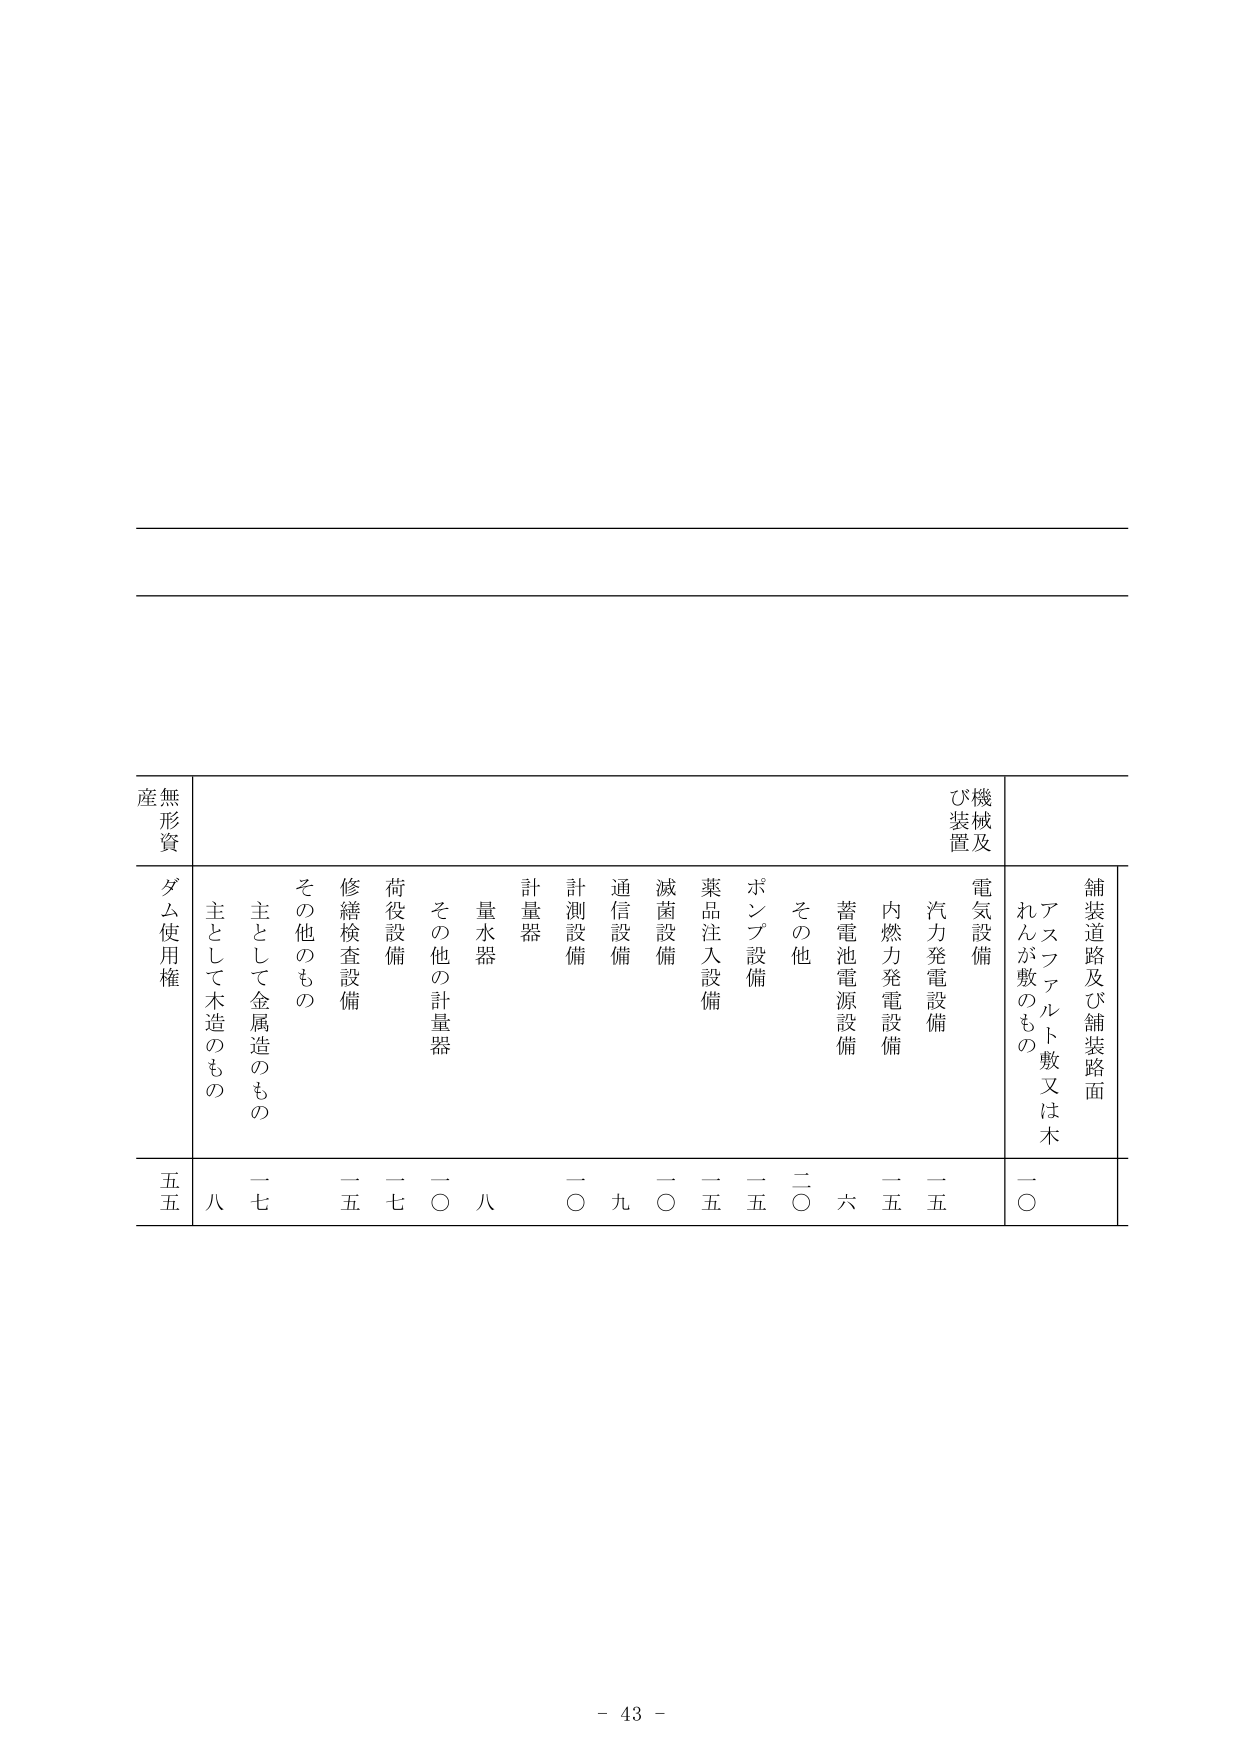
無形資産
ダム使用権
五五

舗装道路及び舗装路面
アスファルト敷又は木れんが敷のもの
一〇

機械及び装置
電気設備
汽力発電設備
二五
内燃力発電設備
二五
蓄電池電源設備
六
その他
二〇
ポンプ設備
一五
薬品注入設備
一五
滅菌設備
一〇
通信設備
九
計測設備
一〇
計量器
量水器
八
その他の計量器
一〇
荷役設備
一七
修繕検査設備
二五
その他のもの
主として金属造のもの
一七
主として木造のもの
八

- 43 -